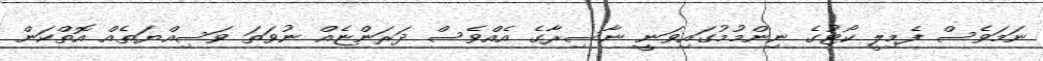
ނަމަވެސް ފެމިލީ ކޯޓުގެ ނިންމުމުގައިވަނީ ނާސިރާގެ އެއްވެސް ދަރަންޏެއް ނުވަތަ ވަސިއްޔަތެއް އޮތްކަން